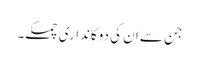
جن سے ان کی دوکانداری چمکے۔